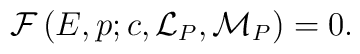
{\cal F}\left(E, p; c, {\cal L}_P, {\cal M}_P\right) =0.